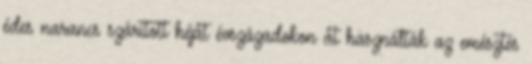
édes narancs szárított héját évszázadokon át használták az emésztés